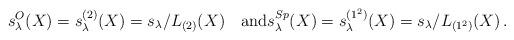
LaTeX: \begin{align*}s^O_\lambda(X) = {s_\lambda^{(2)}(X)}= s_\lambda/L_{(2)}(X) \quad\mbox{and} s^{Sp}_\lambda(X) ={s_\lambda^{(1^2)}(X)} = s_\lambda/L_{(1^2)}(X)\,. \end{align*}